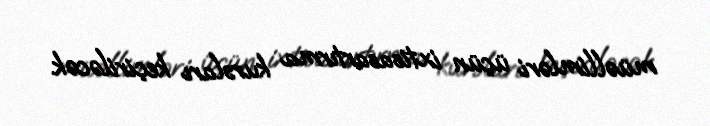
müəllimləri üçün ixtisasartırma kursları keçiriləcək.